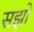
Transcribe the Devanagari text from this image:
सझो